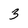
Character: 3